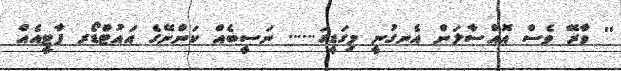
'' ވާރޭ ވެސް އޮއްސާލަން އެނގުނީ މިގަޑީގަ...... ނަސީބެއް ކަންނޭގެ އައުޓްޑޯރ ޕާޓީއެއް